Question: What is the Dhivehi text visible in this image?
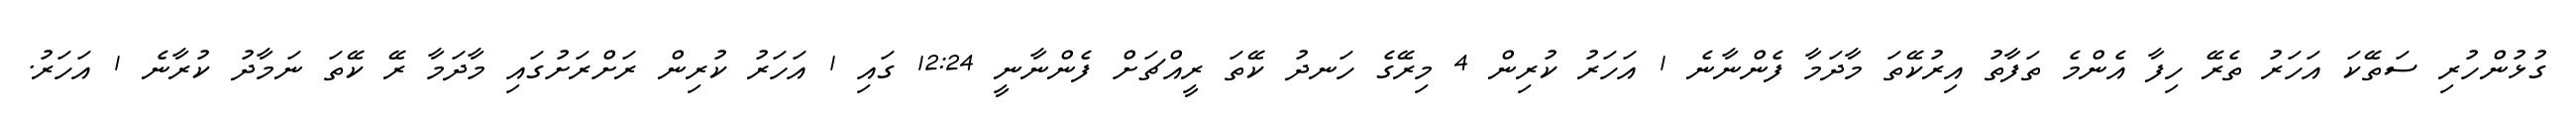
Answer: ގުޅުންހުރި ސަތޭކަ އަހަރު ތެރޭ ހިފާ އެންމެ ތަފާތު އިރުކޭތަ މާދަމާ ފެންނާނެ 1 އަހަރު ކުރިން 4 މިރޭގެ ހަނދު ކޭތަ ރީއްޗަށް ފެންނާނީ 12:24 ގައި 1 އަހަރު ކުރިން ރަށްރަށުގައި މާދަމާ ރޭ ކޭތަ ނަމާދު ކުރާނެ 1 އަހަރު.